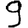
Digit: 9